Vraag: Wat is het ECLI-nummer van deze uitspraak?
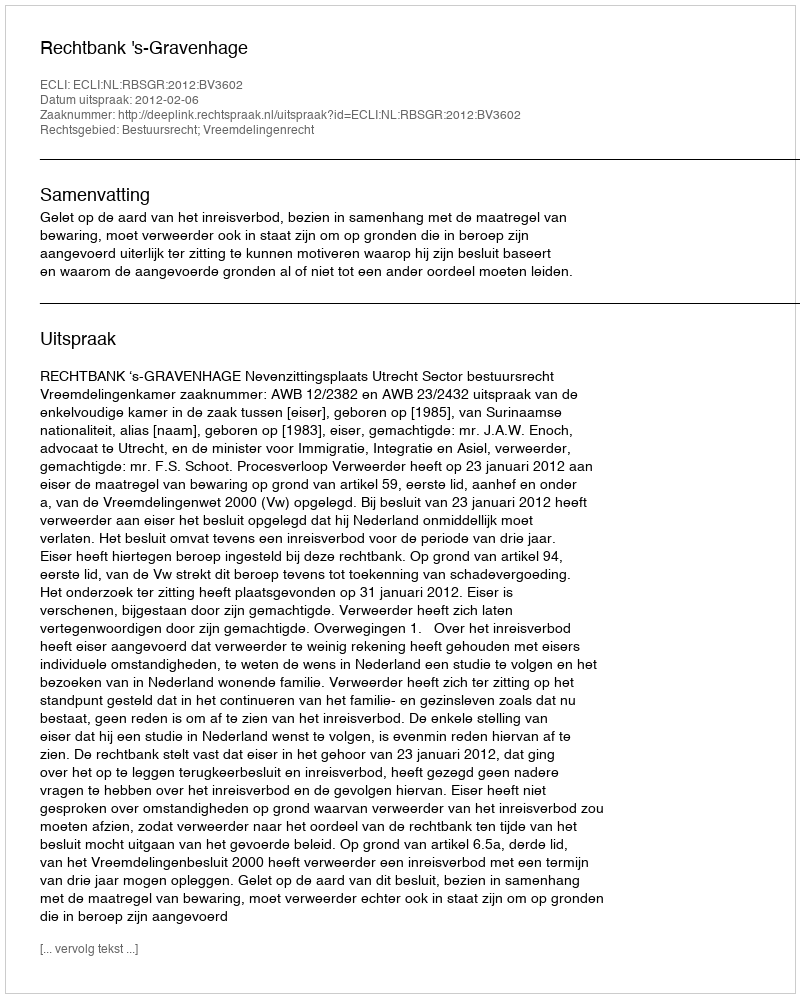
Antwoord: ECLI:NL:RBSGR:2012:BV3602